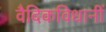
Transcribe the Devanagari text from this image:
वैदिकविधानीं